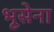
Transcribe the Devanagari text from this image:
भूसेना